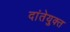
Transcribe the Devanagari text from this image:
दांतेयुक्त